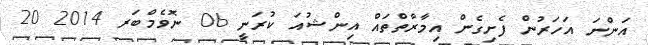
އަންނަ އަހަރުން ފެށިގެން އިމާރާތްތައް އިންޝުއަ ކުރަނީ 06 ނޮވެމްބަރ 2014 20